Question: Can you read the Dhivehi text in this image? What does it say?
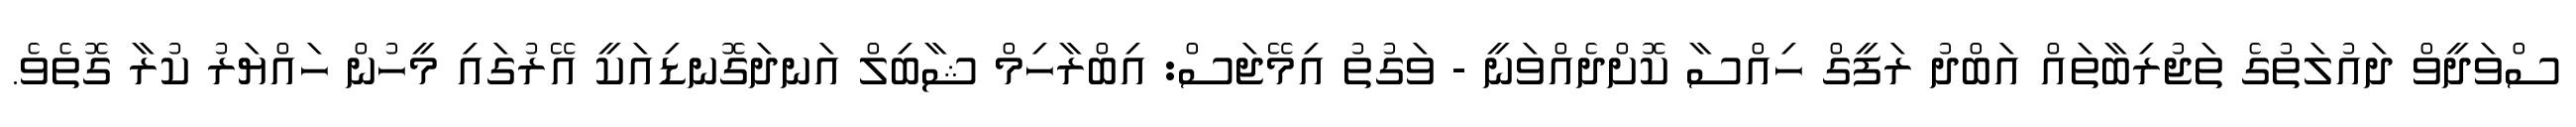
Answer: ސްވަދީވް ދައުލަތުގެ ތަޖުރިބާތައް އަބްދު ރަފީގް ހިއްސާ ކޮށްދެއްވަނީ - ވަގުތު އިމޭޖަސް: އިބްރާހިމް ޝާބިލް އަނދަގޮނޑިއަކީ އޭރުގައި މީހުން ހައްޔަރު ކުރާ ގޮތެވެ.